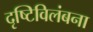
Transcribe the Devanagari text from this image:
दृष्टिविलंबना